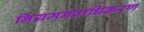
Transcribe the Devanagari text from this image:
नियमनप्राधिकरण